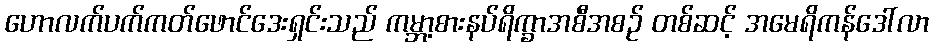
ဟောလက်ပက်ကတ်ဖောင်ဒေးရှင်းသည် ကမ္ဘာ့စားနပ်ရိက္ခာအစီအစဉ် တစ်ဆင့် အမေရိကန်ဒေါ်လာ